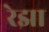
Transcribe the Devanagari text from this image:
रेझा